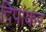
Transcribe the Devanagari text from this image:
दिपांकर